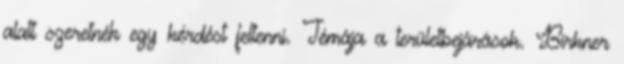
alatt szeretnék egy kérdést feltenni. Témája a területbejárások. Birkner